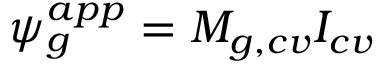
\psi _ { g } ^ { a p p } = M _ { g , c v } I _ { c v }